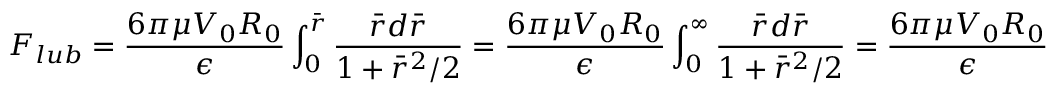
F _ { l u b } = \frac { 6 { \pi } { \mu } V _ { 0 } R _ { 0 } } { \epsilon } \int _ { 0 } ^ { \bar { r } } \frac { \bar { r } d \bar { r } } { 1 + \bar { r } ^ { 2 } / 2 } = \frac { 6 { \pi } { \mu } V _ { 0 } R _ { 0 } } { \epsilon } \int _ { 0 } ^ { \infty } \frac { \bar { r } d \bar { r } } { 1 + \bar { r } ^ { 2 } / 2 } = \frac { 6 { \pi } { \mu } V _ { 0 } R _ { 0 } } { \epsilon }